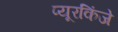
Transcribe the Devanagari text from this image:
प्यूरकिंजे